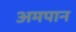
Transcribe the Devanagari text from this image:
अमपान